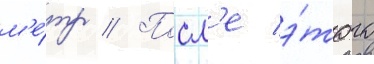
м'е́тр // Посл'е э́того